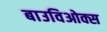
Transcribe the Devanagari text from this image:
बाउविओक्स